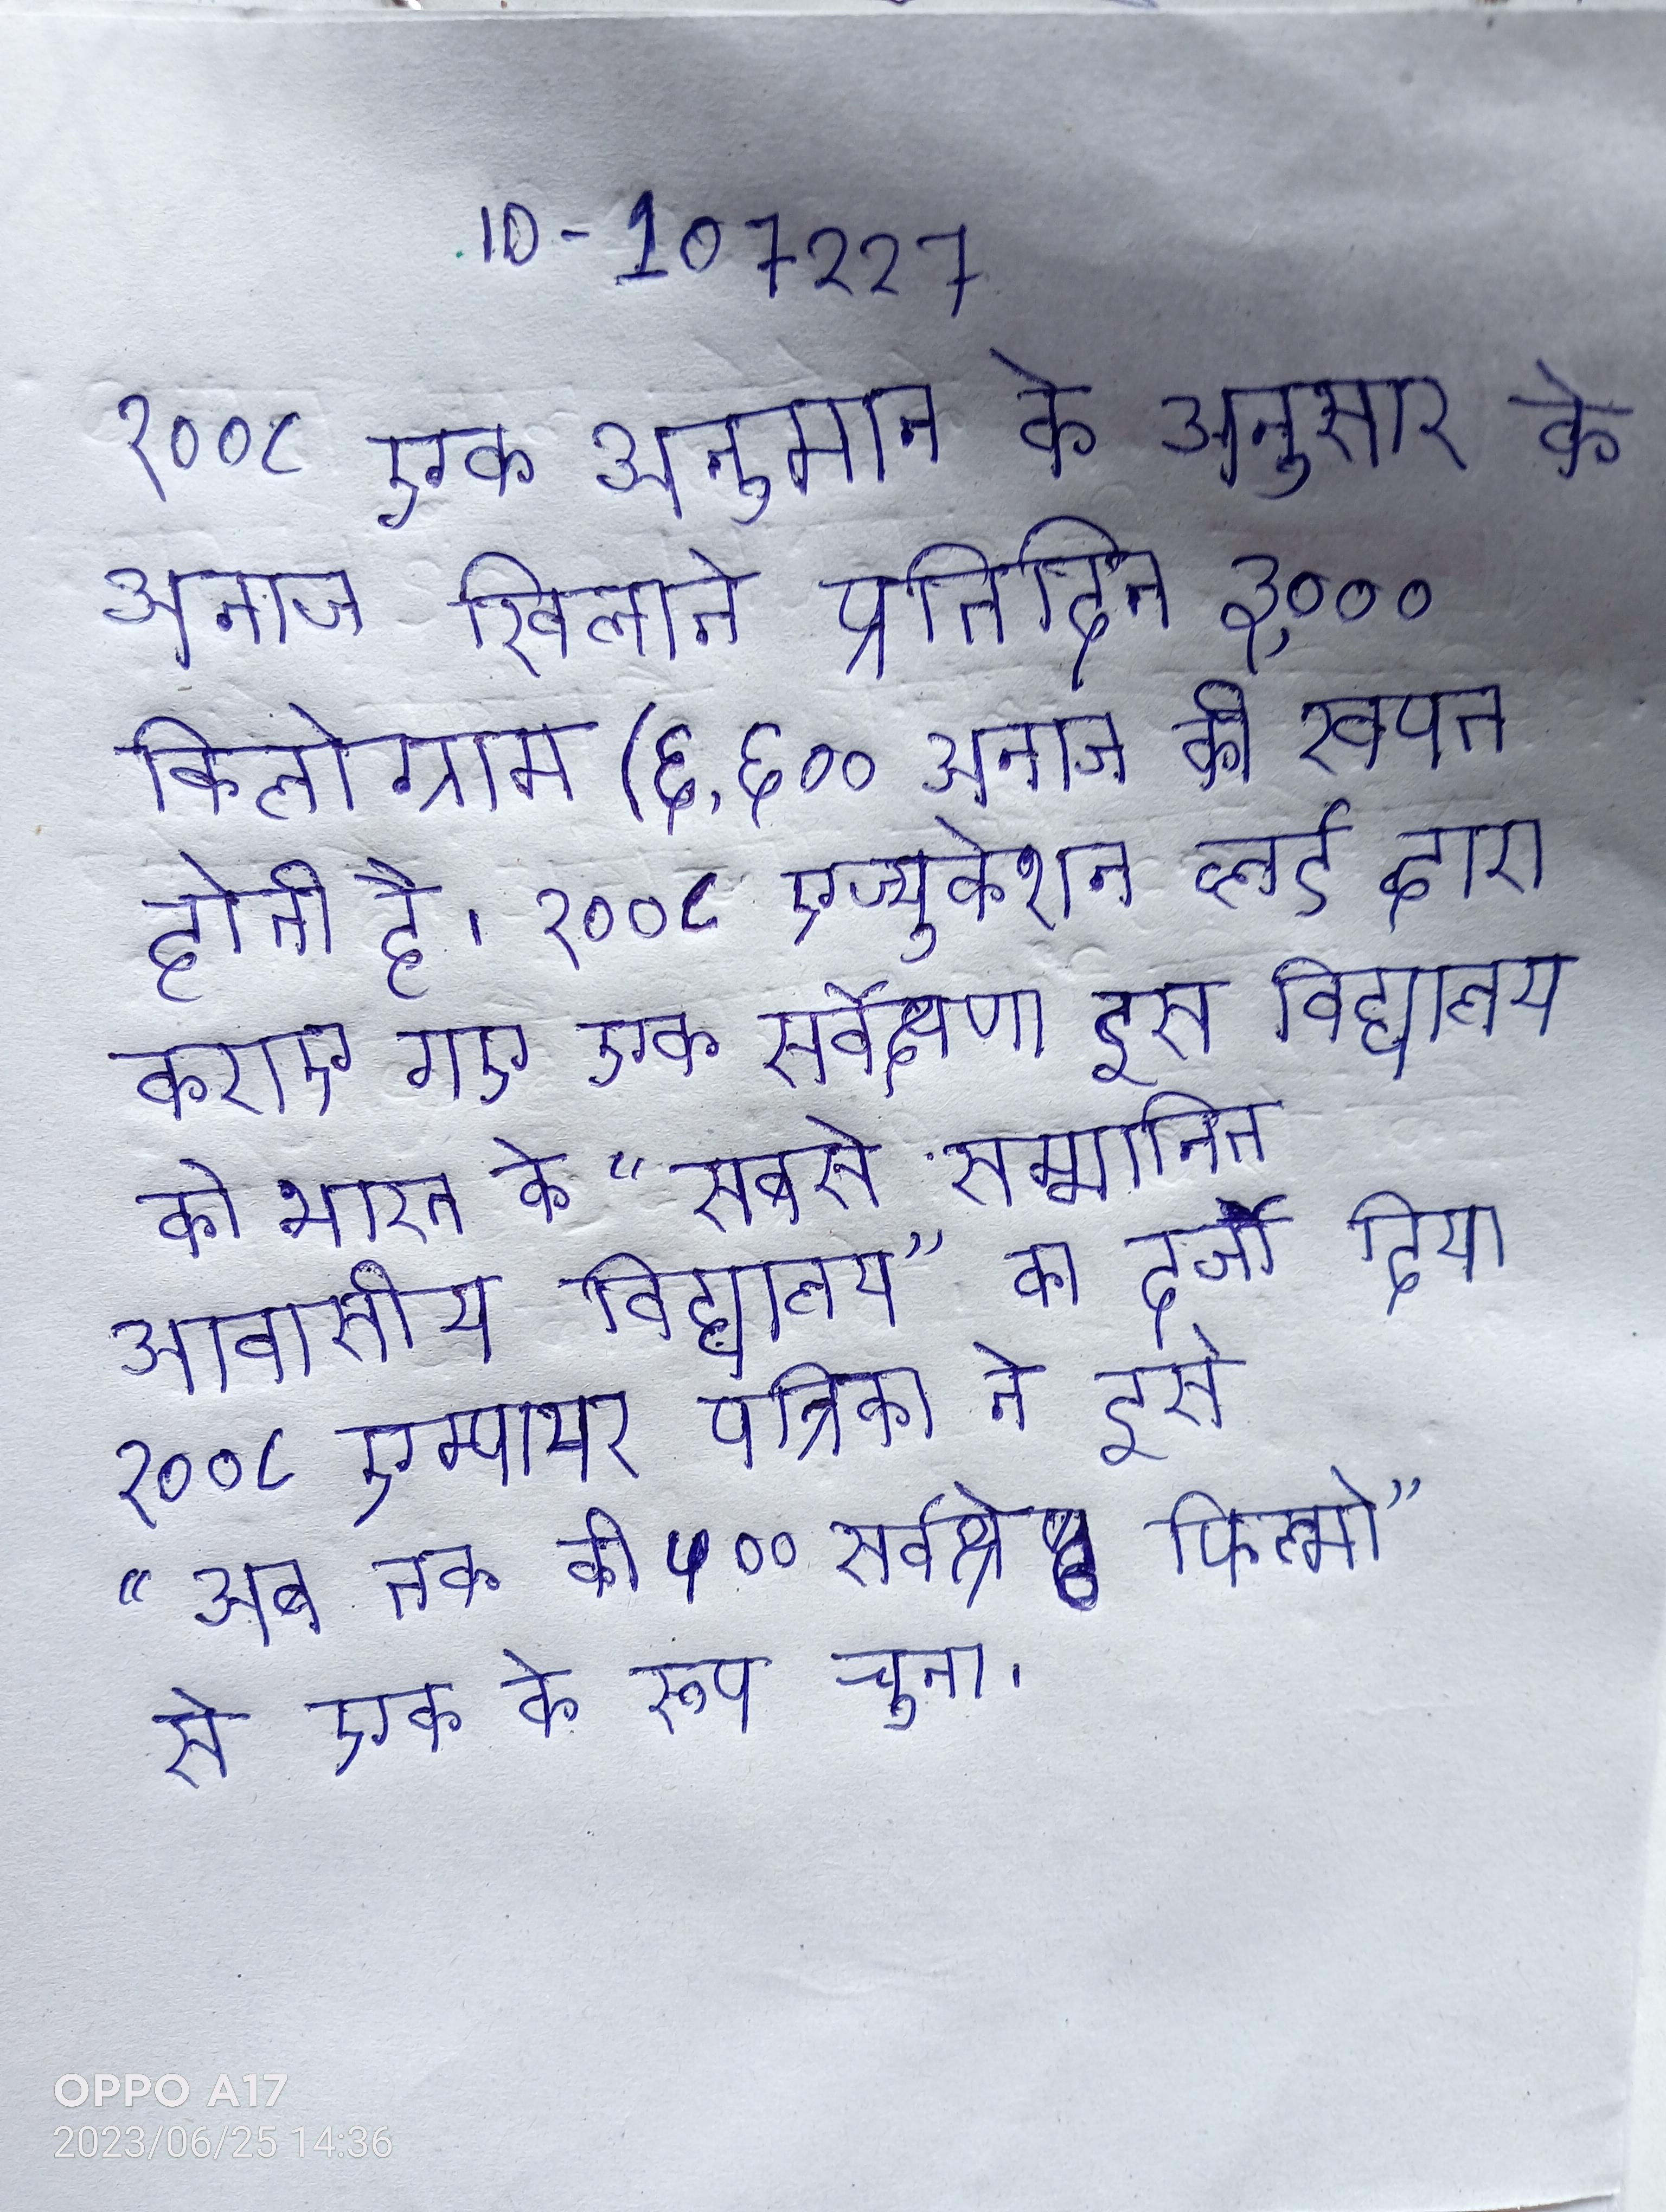
२००८ एक अनुमान के अनुसार को अनाज खिलाने प्रतिदिन ३,००० किलोग्राम (६,६०० अनाज की खपत होती है । २००८ एज्युकेशन व्लर्ड द्वारा कराए गए एक सर्वेक्षण इस विद्यालय को भारत के "सबसे सम्मानित आवासीय विद्यालय" का दर्जा दिया गया । २००८ एम्पायर पत्रिका ने इसे "अब तक की ५०० सर्वश्रेष्ठ फिल्मो" से एक के रूप चुना ।